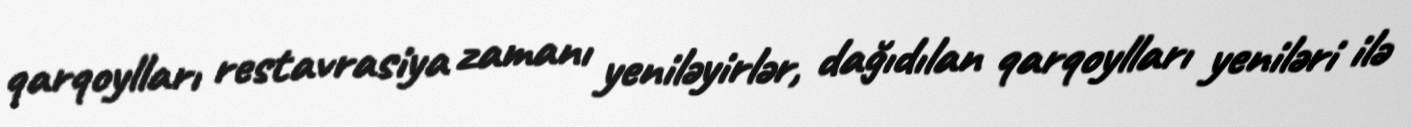
qarqoylları restavrasiya zamanı yeniləyirlər, dağıdılan qarqoylları yeniləri ilə